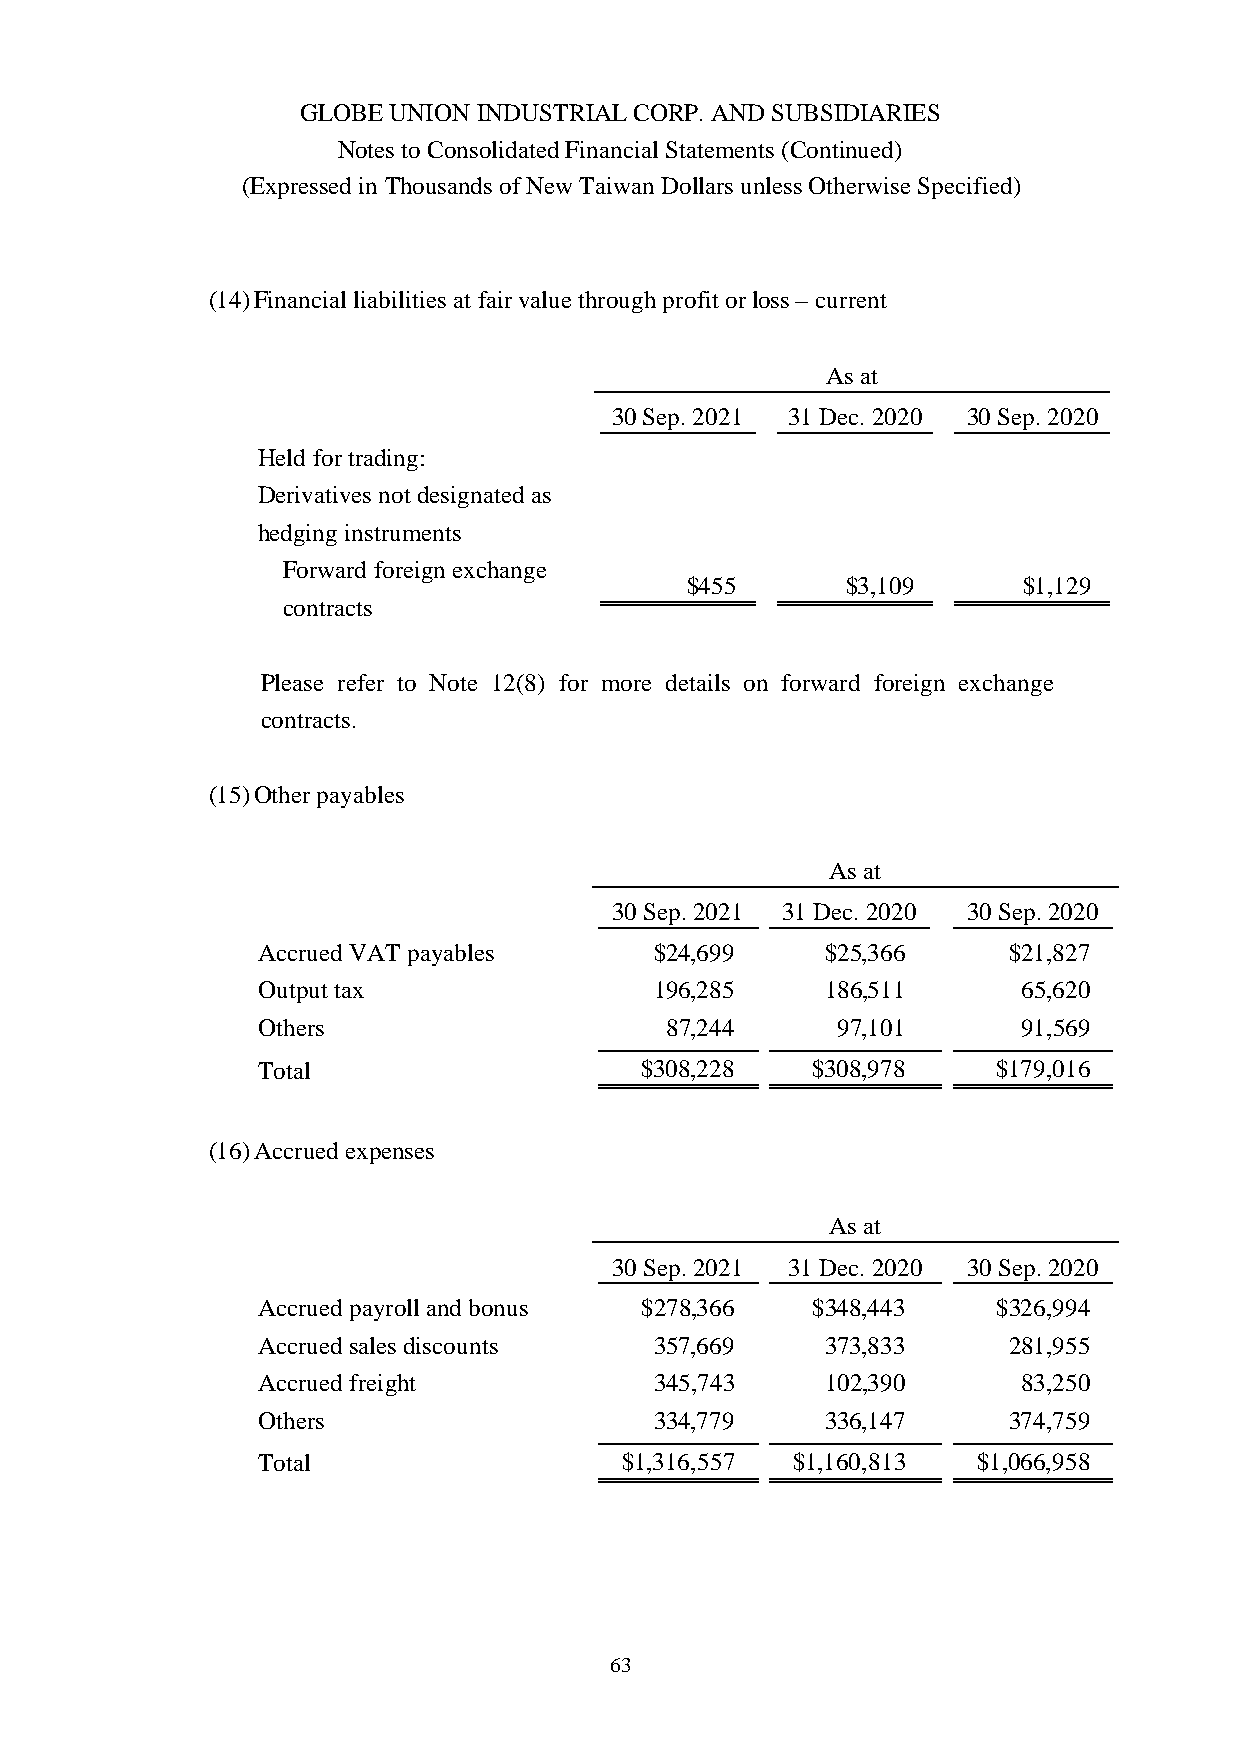
GLOBE UNION INDUSTRIAL CORP. AND SUBSIDIARIES
 Notes to Consolidated Financial Statements (Continued)
 (Expressed in Thousands of New Taiwan Dollars unless Otherwise Specified)
 (14)Financial liabilities at fair value through profit or loss – current
 As at
 30 Sep. 2021 31 Dec. 2020 30 Sep. 2020
 Held for trading:
 Derivatives not designated as
 hedging instruments
 Forward foreign exchange
 $455       $3,109      $1,129
 contracts
 Please refer to Note 12(8) for more details on forward foreign exchange
 contracts.
 (15)Other payables
 As at
 30 Sep. 2021 31 Dec. 2020 30 Sep. 2020
 Accrued VAT payables      $24,699     $25,366     $21,827
 Output tax                196,285     186,511      65,620
 Others                     87,244     97,101       91,569
 Total                    $308,228    $308,978    $179,016
 (16)Accrued expenses
 As at
 30 Sep. 2021 31 Dec. 2020 30 Sep. 2020
 Accrued payroll and bonus $278,366   $348,443    $326,994
 Accrued sales discounts   357,669     373,833     281,955
 Accrued freight           345,743     102,390      83,250
 Others                    334,779     336,147     374,759
 Total                   $1,316,557 $1,160,813   $1,066,958
 63